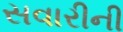
સવારીની